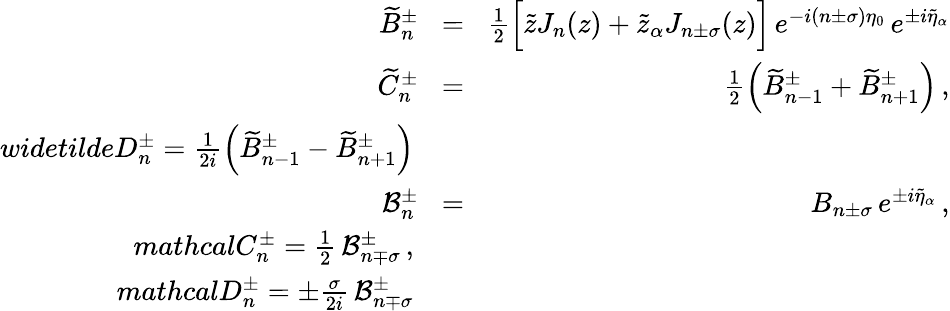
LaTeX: \begin{array}{rlr}{\widetilde{B}_{n}^{\pm}\! }&{=}&{\! \frac{1}{2}\Big[\tilde{z}J_{n}(z)+\tilde{z}_{\alpha}J_{n\pm\sigma}(z)\Big]\, e^{-i(n\pm\sigma)\eta_{0}}\, e^{\pm i\tilde{\eta}_{\alpha}}}\\ {\widetilde{C}_{n}^{\pm}\! }&{=}&{\! \frac{1}{2}\left(\widetilde{B}_{n-1}^{\pm}+\widetilde{B}_{n+1}^{\pm}\right)\, ,}\\ {widetilde{D}_{n}^{\pm}=\frac{1}{2i}\left(\widetilde{B}_{n-1}^{\pm}-\widetilde{B}_{n+1}^{\pm}\right)}\\ {\mathcal{B}_{n}^{\pm}\! }&{=}&{\! B_{n\pm\sigma}\, e^{\pm i\tilde{\eta}_{\alpha}}\, ,}\\ {mathcal{C}_{n}^{\pm}=\frac{1}{2}\, \mathcal{B}_{n\mp\sigma}^{\pm}\, ,}\\ {mathcal{D}_{n}^{\pm}=\pm\frac{\sigma}{2i}\, \mathcal{B}_{n\mp\sigma}^{\pm}}\end{array}